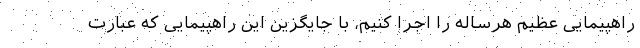
راهپیمایی عظیم هرساله را اجرا کنیم، با جایگزین این راهپیمایی که عبارت